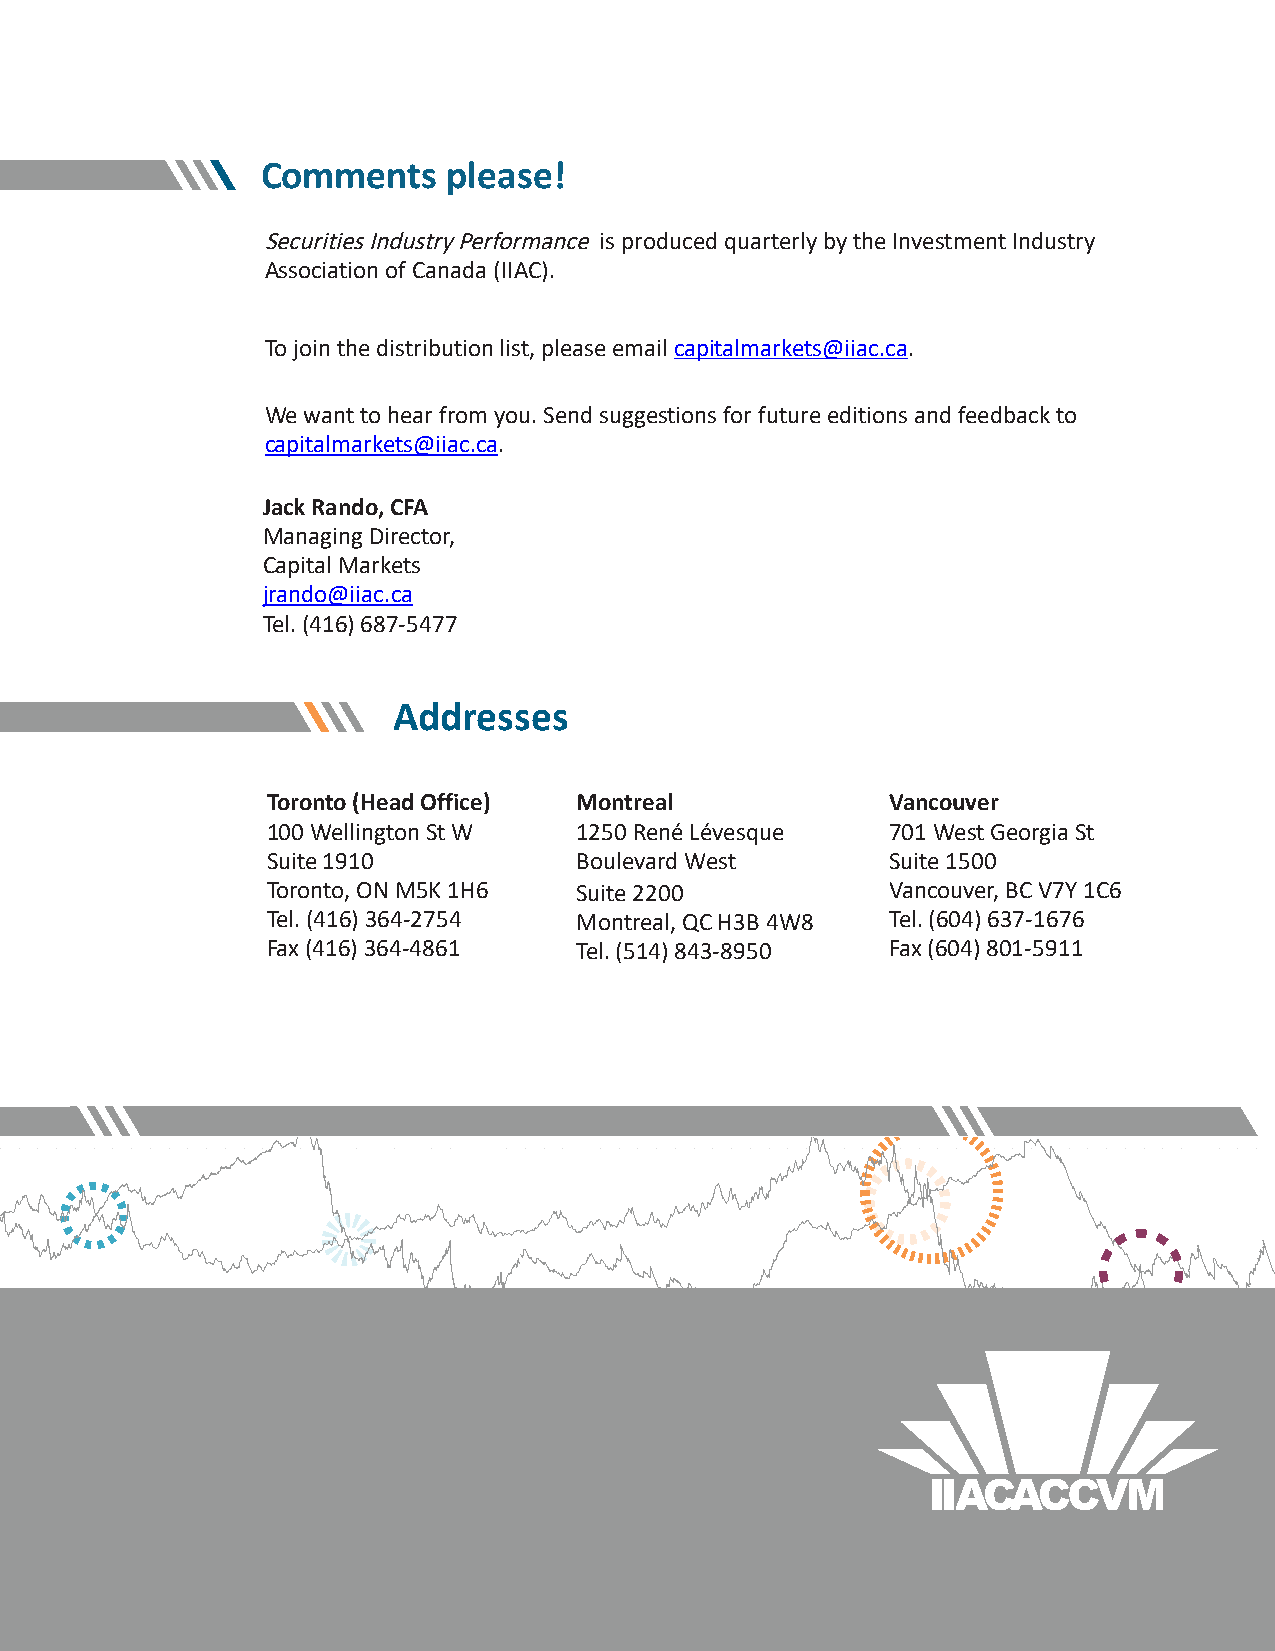
Comments     please!
 Securities Industry Performance is produced quarterly by the Investment Industry
 Association of Canada (IIAC).
 To join the distribution list, please email capitalmarkets@iiac.ca.
 We want to hear from you. Send suggestions for future editions and feedback to
 capitalmarkets@iiac.ca.
 Jack Rando, CFA
 Managing Director,
 Capital Markets
 jrando@iiac.ca
 Tel. (416) 687-5477
 Addresses
 Toronto (Head Office) Montreal           Vancouver
 100 Wellington St W 1250 René Lévesque   701 West Georgia St
 Suite 1910          Boulevard West       Suite 1500
 Toronto, ON M5K 1H6 Suite 2200           Vancouver, BC V7Y 1C6
 Tel. (416) 364-2754 Montreal, QC H3B 4W8 Tel. (604) 637-1676
 Fax (416) 364-4861  Tel. (514) 843-8950  Fax (604) 801-5911